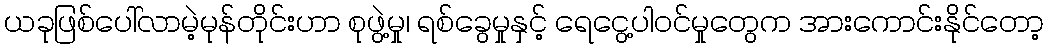
ယခုဖြစ်ပေါ်လာမဲ့မုန်တိုင်းဟာ စုဖွဲ့မှု၊ ရစ်ခွေမှုနှင့် ရေငွေ့ပါဝင်မှုတွေက အားကောင်းနိုင်တော့